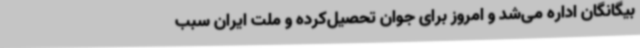
بیگانگان اداره می‌شد و امروز برای جوان تحصیل‌کرده و ملت ایران سبب